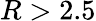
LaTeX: R>2.5